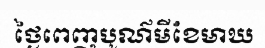
ថ្ងៃពេញបូណ៌មីខែមាឃ